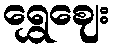
ရွှေဈေး